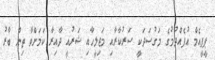
ޕީޕީއެމް އުފެއްދުމުގެ މަގުސަދަކީ ސަރުކާރާއި މަޖިލީހާއި ޝަރުއީ ދާއިރާ ކަމަށްވާ ތިން ބާރު